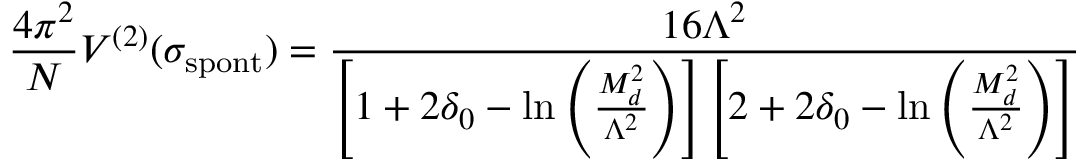
\frac { 4 \pi ^ { 2 } } { N } V ^ { ( 2 ) } ( \sigma _ { \mathrm { s p o n t } } ) = \frac { 1 6 \Lambda ^ { 2 } } { \left[ 1 + 2 \delta _ { 0 } - \ln \left( \frac { M _ { d } ^ { 2 } } { \Lambda ^ { 2 } } \right) \right] \left[ 2 + 2 \delta _ { 0 } - \ln \left( \frac { M _ { d } ^ { 2 } } { \Lambda ^ { 2 } } \right) \right] }